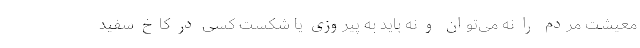
معیشت مردم را نه می‌توان و نه باید به پیروزی یا شکستِ کسی در کاخ سفید